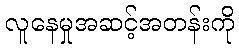
လူနေမှုအဆင့်အတန်းကို